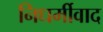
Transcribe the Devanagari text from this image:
निधर्मीवाद